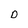
Character: D